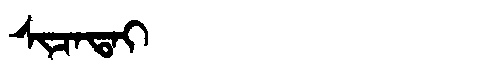
Manchu: ᠰᡳᠴᠠᡨᠠᡳ
Romanization: SICATAI